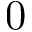
0